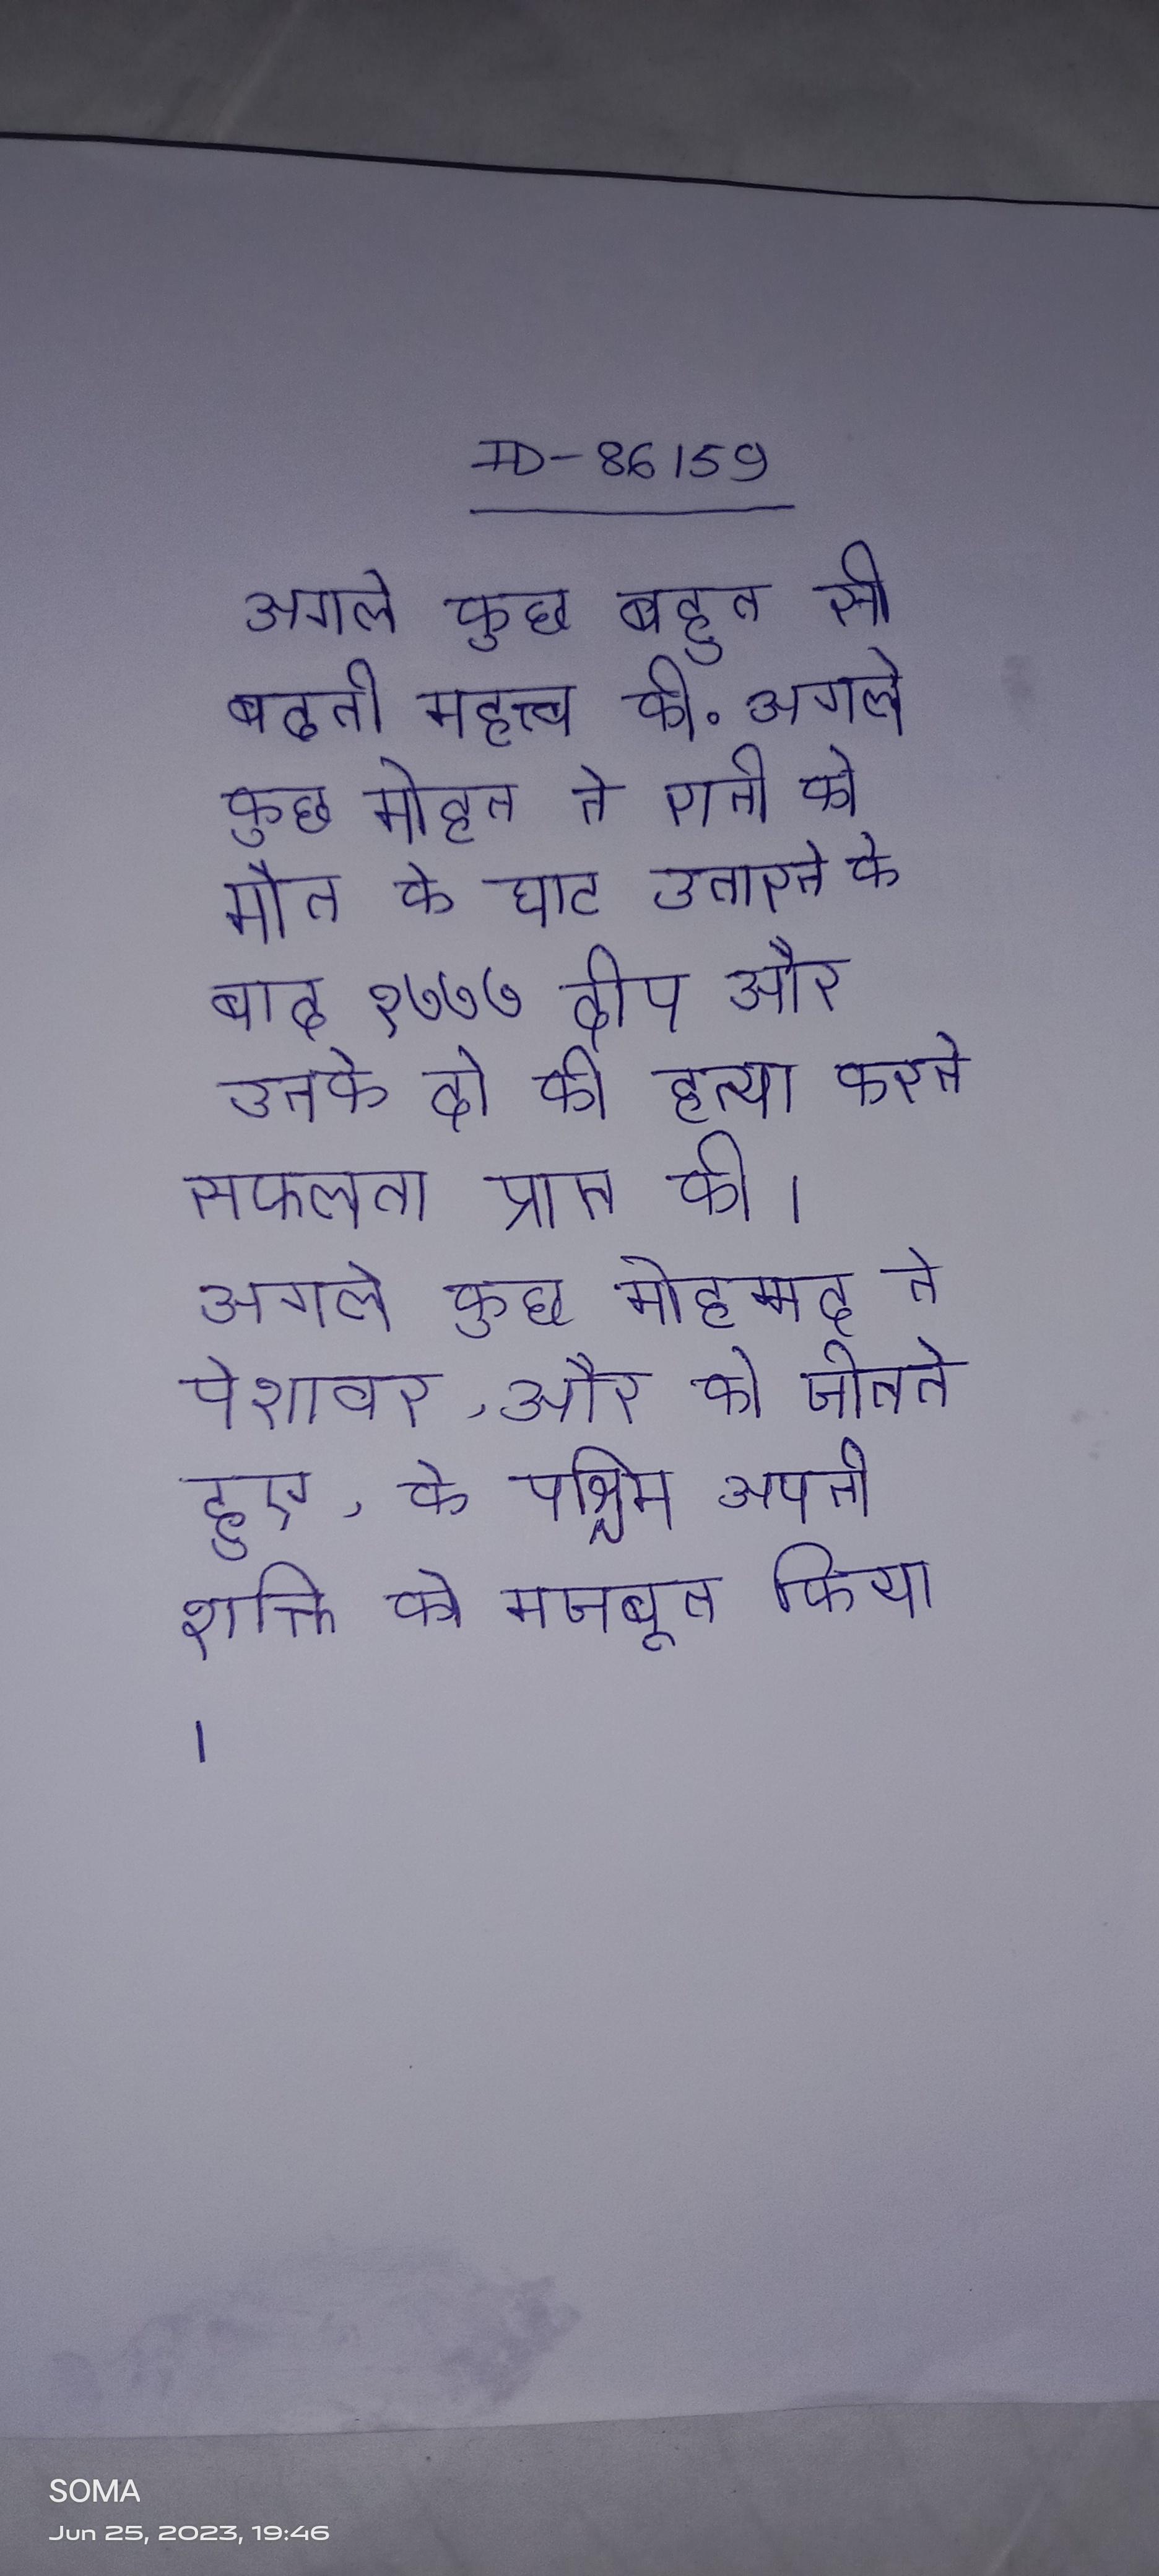
अगले कुछ बहुत सी बढती महत्त्व की . अगले कुछ मोहन ने रानी को मौत के घाट उतारने के बाद १७७७ दीप और उनके दो की हत्या करने सफलता प्राप्त की । अगले कुछ मोहम्मद ने पेशावर, और को जीतते हुए, के पश्चिम अपनी शक्ति को मजबूत किया ।